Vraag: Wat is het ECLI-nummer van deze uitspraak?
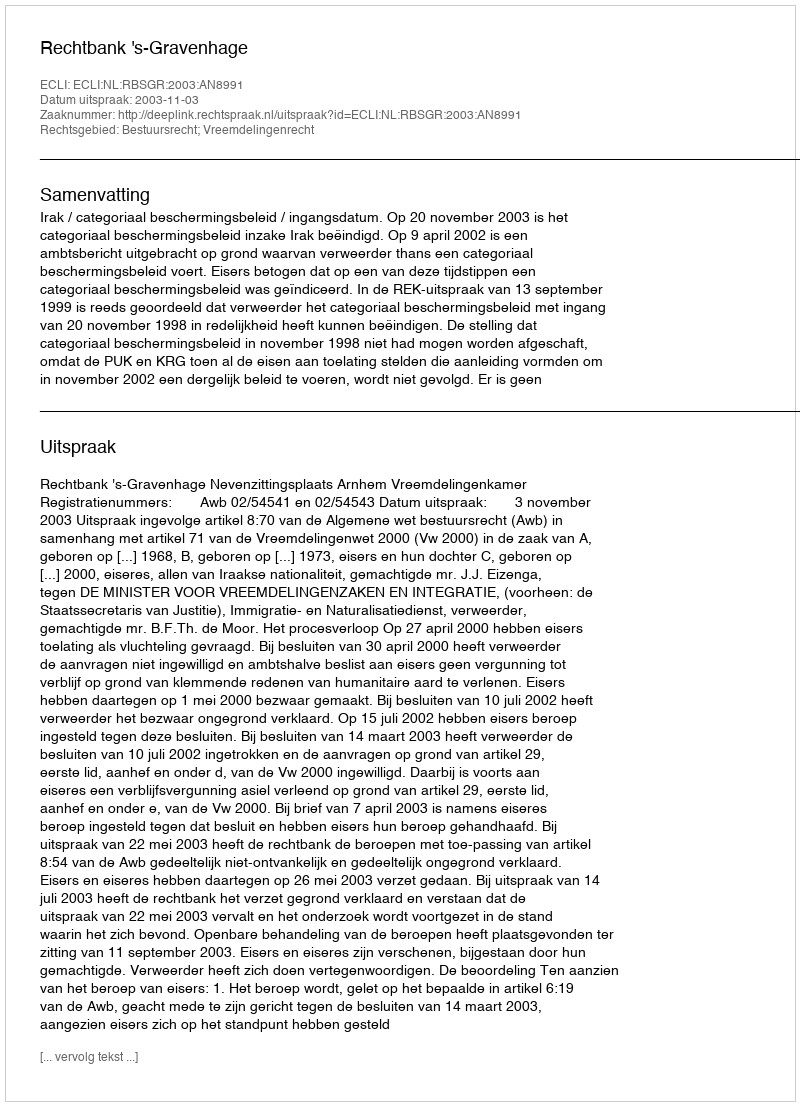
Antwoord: ECLI:NL:RBSGR:2003:AN8991